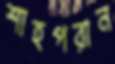
শাহপরান